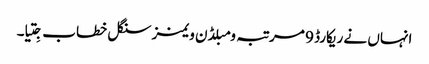
انہاں نے ریکارڈ 9 مرتبہ ومبلڈن ویمنز سنگل خطاب جِتیا۔